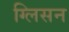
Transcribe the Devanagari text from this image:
ग्लिसन